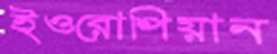
ইওরোপিয়ান